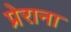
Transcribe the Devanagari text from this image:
प्रेराना